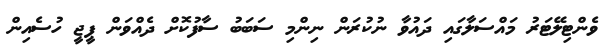
ވެންޓިލޭޓަރު މައްސަލާގައި ދައުވާ ނުކުރަން ނިންމި ސަބަބު ސާފުކޮށް ދެއްވަން ޕީޖީ ހުސެއިން